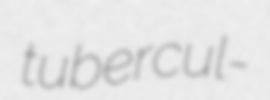
tubercul-